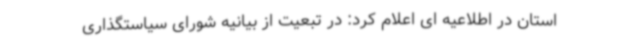
استان در اطلاعیه ای اعلام کرد: در تبعیت از بیانیه‌ شورای سیاستگذاری